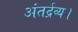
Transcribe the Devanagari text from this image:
अंतर्द्रव्य।